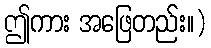
ဤကား အဖြေတည်း။)